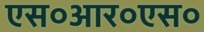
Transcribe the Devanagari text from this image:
एस०आर०एस०